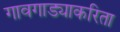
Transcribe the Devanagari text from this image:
गावगाड्याकरिता